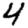
Digit: 4